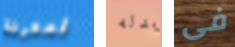
لمعرفة بدله فى